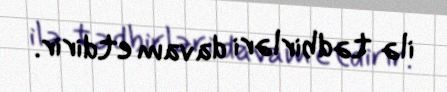
ilə tədbirləri davam etdirir.